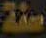
صفة